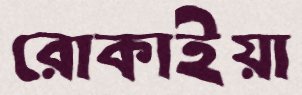
রোকাইয়া